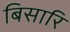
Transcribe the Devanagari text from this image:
बिसारि